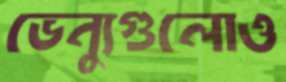
ভেন্যুগুলোও